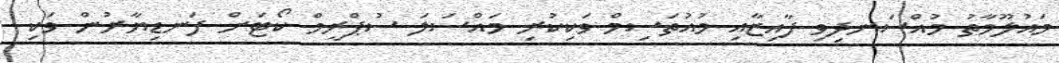
މައުލޫމާތު މުއްސަނދިވި ފާއިޒާއި މުއުތަސިމް ވަކިކުރި މައްސަލަ ސުޕްރީމް ކޯޓަށް ފަނޑިޔާރުން ވަކި